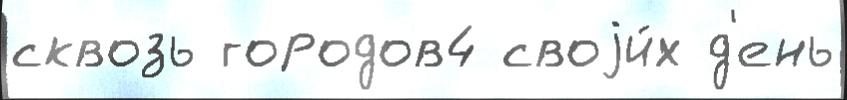
сквозь городов4 своjи́х д'ень